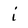
Character: i